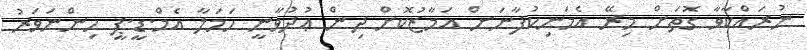
ނުރައްކާވާ ގޮތަށް މިރޭ އެމަނިކުފާނަށް އަމާޒުކޮށް ދިން ޢުދުވާނީ ހަމަލާ އެމް.ޑީ.ޕީ ހިންނަވަރު